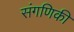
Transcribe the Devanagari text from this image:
संगणिकी